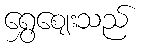
ရွှေဈေးသည်